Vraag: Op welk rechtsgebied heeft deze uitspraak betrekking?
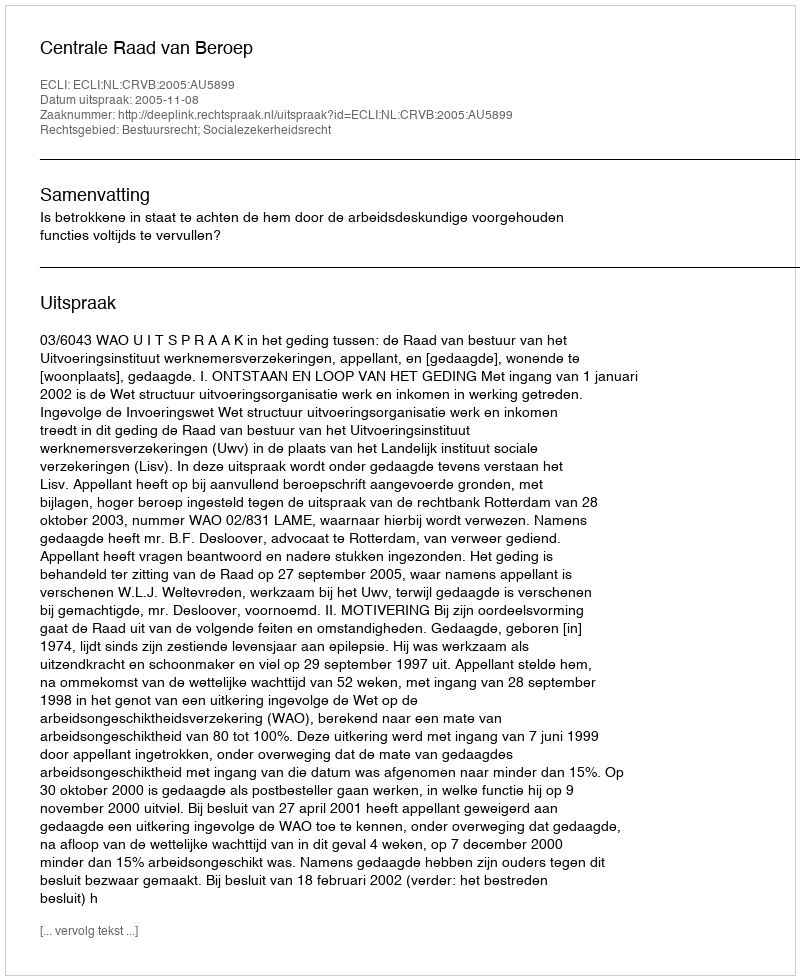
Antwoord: Bestuursrecht; Socialezekerheidsrecht